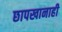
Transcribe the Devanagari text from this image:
छापखानाही